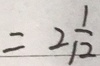
= 2 \frac { 1 } { 1 2 }